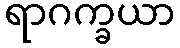
ရာဂက္ခယာ